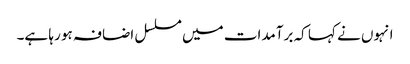
انہوں نے کہا کہ برآمدات میں مسلسل اضافہ ہو رہا ہے۔